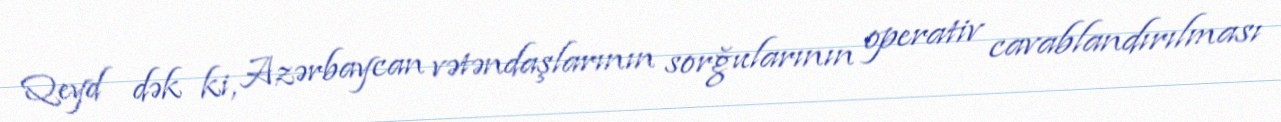
Qeyd dək ki, Azərbaycan vətəndaşlarının sorğularının operativ cavablandırılması